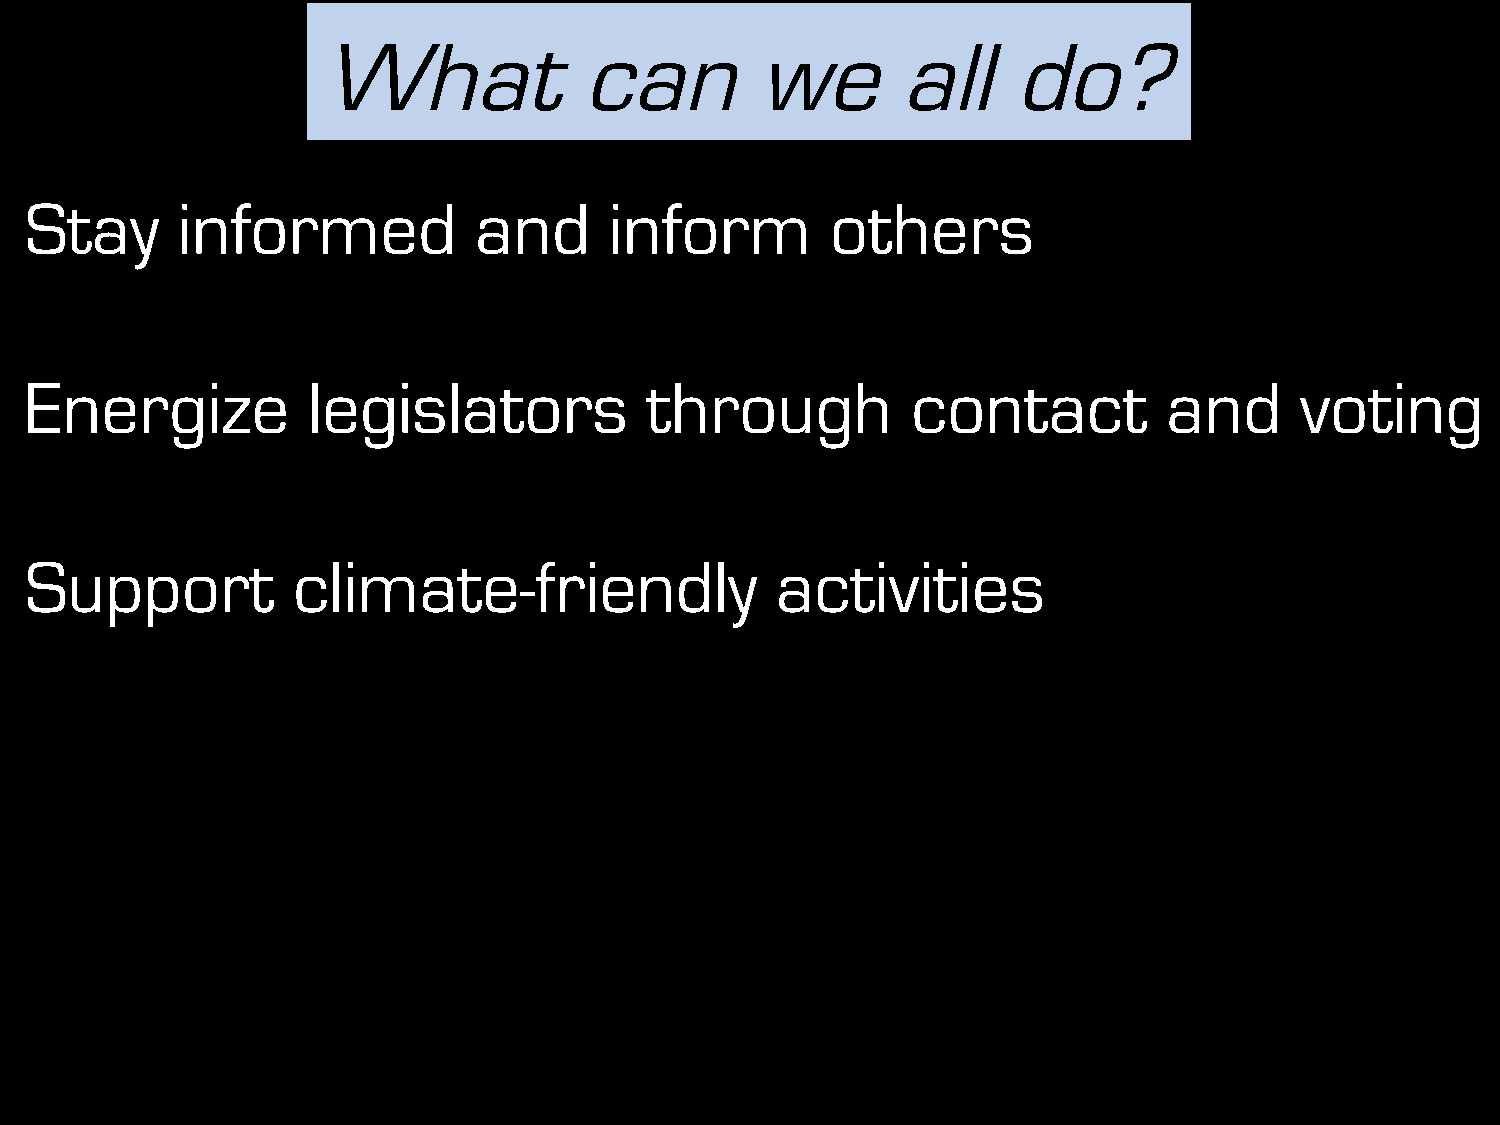
What             can         we       all     do?
 Stay      informed           and      inform         others
 Energize          legislators            through          contact          and      voting
 Support          climate-friendly                activities